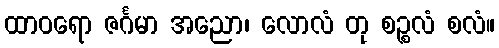
ထာဝရော ဇင်္ဂမာ အညော၊ လောလံ တု စဉ္စလံ စလံ။